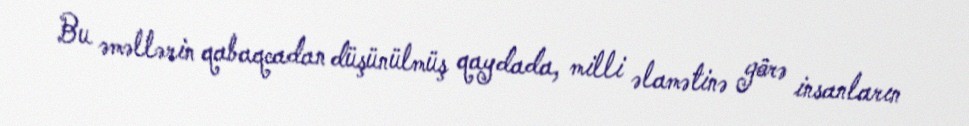
Bu əməllərin qabaqcadan düşünülmüş qaydada, milli əlamətinə görə insanların